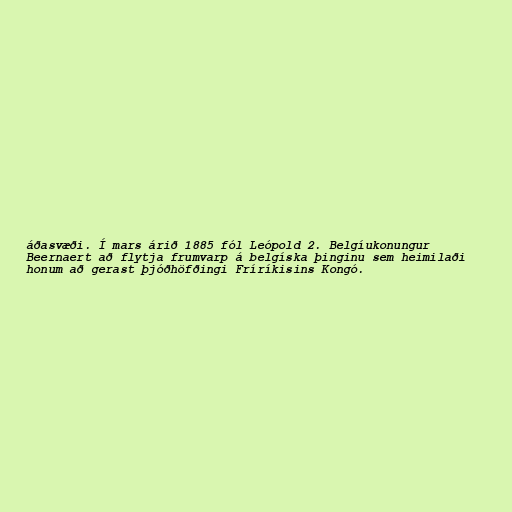
áðasvæði. Í mars árið 1885 fól Leópold 2. Belgíukonungur
Beernaert að flytja frumvarp á belgíska þinginu sem heimilaði
honum að gerast þjóðhöfðingi Fríríkisins Kongó.